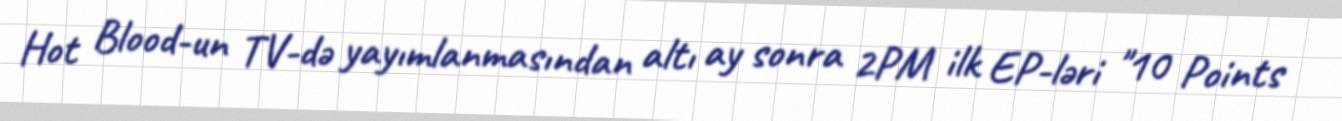
Hot Blood-un TV-də yayımlanmasından altı ay sonra 2PM ilk EP-ləri "10 Points